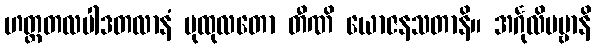
ဟတ္ထတလပါဒတလာနံ ပုထုလတော တီဏိ ယောဇနသတာနိ။ အင်္ဂုလိပဗ္ဗာနိ